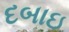
દબાઇ